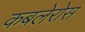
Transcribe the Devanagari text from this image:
कबलेरोस